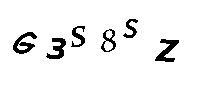
G3S8SZ